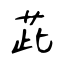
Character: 茈